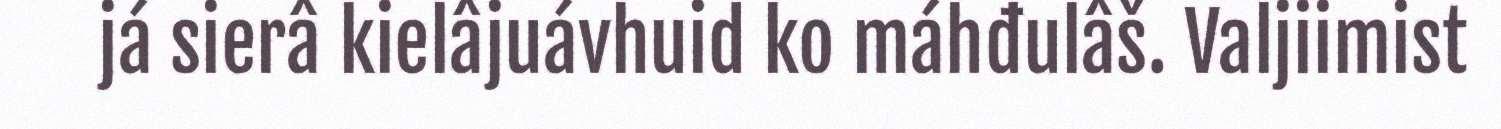
já sierâ kielâjuávhuid ko máhđulâš. Valjiimist